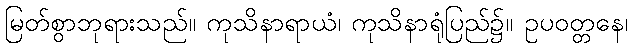
မြတ်စွာဘုရားသည်။ ကုသိနာရာယံ၊ ကုသိနာရုံပြည်၌။ ဥပဝတ္တနေ၊